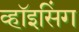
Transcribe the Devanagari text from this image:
व्हॉइसिंग